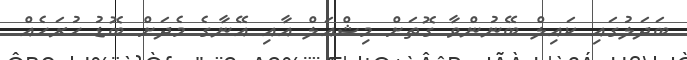
ބަދަލުގައި ކައިލް ބޭނުންވާ ގޮތަށް މިޝްއަލް އާއި އޭނާގެ މެދަށް ބޮޑު ހުރަހެއް